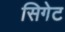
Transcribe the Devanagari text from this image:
सिगेट